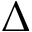
\Delta